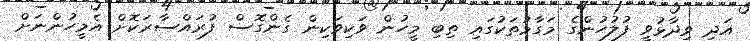
އަދި ވިދާޅުވީ ފުލުހުންގެ މަގާމުތަކުގައި ތިބި މީހުން ވަކިވަކިން ގެންގޮސް ފުރައްސާރަކޮށް އެމީހުންނަށް